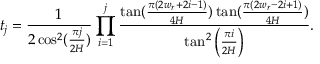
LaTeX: t _ { j } = \frac { 1 } { 2 \cos ^ { 2 } ( \frac { \pi j } { 2 H } ) } \prod _ { i = 1 } ^ { j } \frac { \tan ( \frac { \pi ( 2 w _ { r } + 2 i - 1 ) } { 4 H } ) \tan ( \frac { \pi ( 2 w _ { r } - 2 i + 1 ) } { 4 H } ) } { \tan ^ { 2 } \left( \frac { \pi i } { 2 H } \right) } .